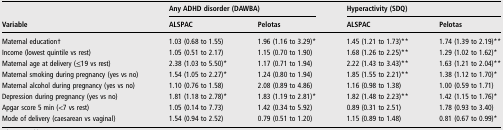
<table><thead><tr><td></td><td colspan="2"><b>Any ADHD disorder (DAWBA)</b></td><td colspan="2"><b>Hyperactivity (SDQ)</b></td></tr><tr><td><b>Variable</b></td><td><b>ALSPAC</b></td><td><b>Pelotas</b></td><td><b>ALSPAC</b></td><td><b>Pelotas</b></td></tr></thead><tbody><tr><td>Maternal education†</td><td>1.03 (0.68 to 1.55)</td><td>1.96 (1.16 to 3.29)*</td><td>1.45 (1.21 to 1.73)**</td><td>1.74 (1.39 to 2.19)**</td></tr><tr><td>Income (lowest quintile vs rest)</td><td>1.05 (0.51 to 2.17)</td><td>1.15 (0.70 to 1.90)</td><td>1.68 (1.26 to 2.25)**</td><td>1.29 (1.02 to 1.62)*</td></tr><tr><td>Maternal age at delivery (≤19 vs rest)</td><td>2.38 (1.03 to 5.50)*</td><td>1.17 (0.71 to 1.94)</td><td>2.22 (1.43 to 3.43)**</td><td>1.63 (1.21 to 2.04)**</td></tr><tr><td>Maternal smoking during pregnancy (yes vs no)</td><td>1.54 (1.05 to 2.27)*</td><td>1.24 (0.80 to 1.94)</td><td>1.85 (1.55 to 2.21)**</td><td>1.38 (1.12 to 1.70)*</td></tr><tr><td>Maternal alcohol during pregnancy (yes vs no)</td><td>1.10 (0.76 to 1.58)</td><td>2.08 (0.89 to 4.86)</td><td>1.16 (0.98 to 1.38)</td><td>1.00 (0.59 to 1.71)</td></tr><tr><td>Depression during pregnancy (yes vs no)</td><td>1.81 (1.18 to 2.78)*</td><td>1.83 (1.19 to 2.81)*</td><td>1.82 (1.48 to 2.23)**</td><td>1.42 (1.15 to 1.76)*</td></tr><tr><td>Apgar score 5 min (&lt;7 vs rest)</td><td>1.05 (0.14 to 7.73)</td><td>1.42 (0.34 to 5.92)</td><td>0.89 (0.31 to 2.51)</td><td>1.78 (0.93 to 3.40)</td></tr><tr><td>Mode of delivery (caesarean vs vaginal)</td><td>1.54 (0.94 to 2.52)</td><td>0.79 (0.51 to 1.20)</td><td>1.15 (0.89 to 1.48)</td><td>0.81 (0.67 to 0.99)*</td></tr></tbody></table>